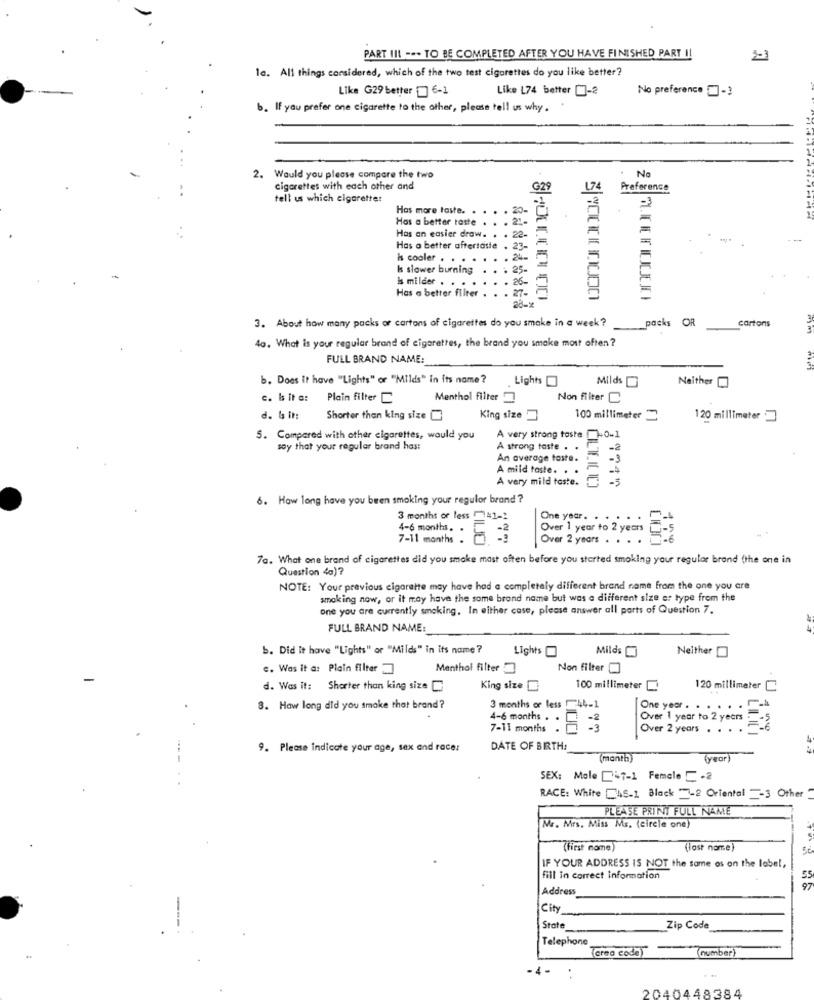
PART III --- TO BE COMPLETED AFTER YOU HAVE FINISHED PART I!
la. All things considered, which of the two test cigarettes do you like better?
Like G29 better [ 6-1
Like L74 better []-2
No preference []-3
b. If you prefer one cigarette to the other, please tell us why.
2. Would you please compare the two
No
cigarettes with each other and
G29
174
Preference
tell us which cigaretter
Has more taste.
Has a better tatte . . . 21-
Has an easier draw. . . 22-
Has a better aftertaste
23-
is cooler . .
k slower burning
25-
26-
is milder . . .
27-
Has a better filter
packs OR
cartons
3. About how many packs of cartons of cigarettes do you smoke in a week?
4a. What is your regular brand of cigarettes, the brand you smake most often ?
FULL BRAND NAME:
b. Does it have "Lights" or "Milds" in its name ?
Lights
Milds
Neither[
c. Is it a:
Plain filter C
Menthol filter
Non filter C
d. Is it:
Shorter than king size
King size
100 millimeter =
120 millimeter
5. Compared with other cigarettes, would you
A very strong toste [40-1
soy that your regular brand has:
A strong taste . .
An average taste.
-3
A mild taste. .
A very mild taste.
6. How long have you been smoking your regulor brand ?
3 months or less 41-2
One year. . . ...
Over 1 year to 2 years.
4-6 months. .
7-11 months .
Over 2 years . . . .
7a. What one brand of cigarettes did you smoke mast often before you started smoking your regular brand (the one in
Question 4g)?
NOTE: Your previous cigarette may have had a completely different brand name from the one you are
smoking now, or it may have the same brand name but was a different size er type from the
one you are currently smoking, In either case, please answer all parts of Question 7.
FULL BRAND NAME:
b. Did it have "Lights" or "Milds" in its name ?
Lights
Milds[
Neither
c. Was it a: Plain filter
Menthol filter
Non filter
d. Was it: Shorter than king size
King size
100 millimeter !
120 millimeter C
8. How long did you smake that brand ?
3 months or less
44-1
One year . . . . . . ..
4-6 months . .
-2
Over 1 year to 2 years .
7-11 months .
Over 2 years .
F.6
9. Please indicate your age, sex and race:
DATE OF BIRTH:
(manth)
(year)
SEX: Mole [47-1 Female 1 -2
RACE: White [4S-1 Black "-2 Oriental =- 3 Other
PLEASE PRINT FULL NAME
Mr. Mrs. Miss Ms. (circle one)
(first name)
(last name)
IF YOUR ADDRESS IS NOT the same os on the label,
fill in correct information
55
Address
City
State
Zip Code
Telephone
(creo code)
number
-4 -
2040448384